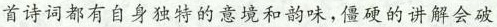
首诗词都有自身独特的意境和韵味，僵硬的讲解会破